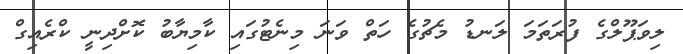
ލިވަޕޫލްގެ ފުރަތަމަ ލަނޑު މެޗުގެ ހަތް ވަނަ މިނެޓުގައި ކާމިޔާބު ކޮށްދިނީ ކްރެއިގް